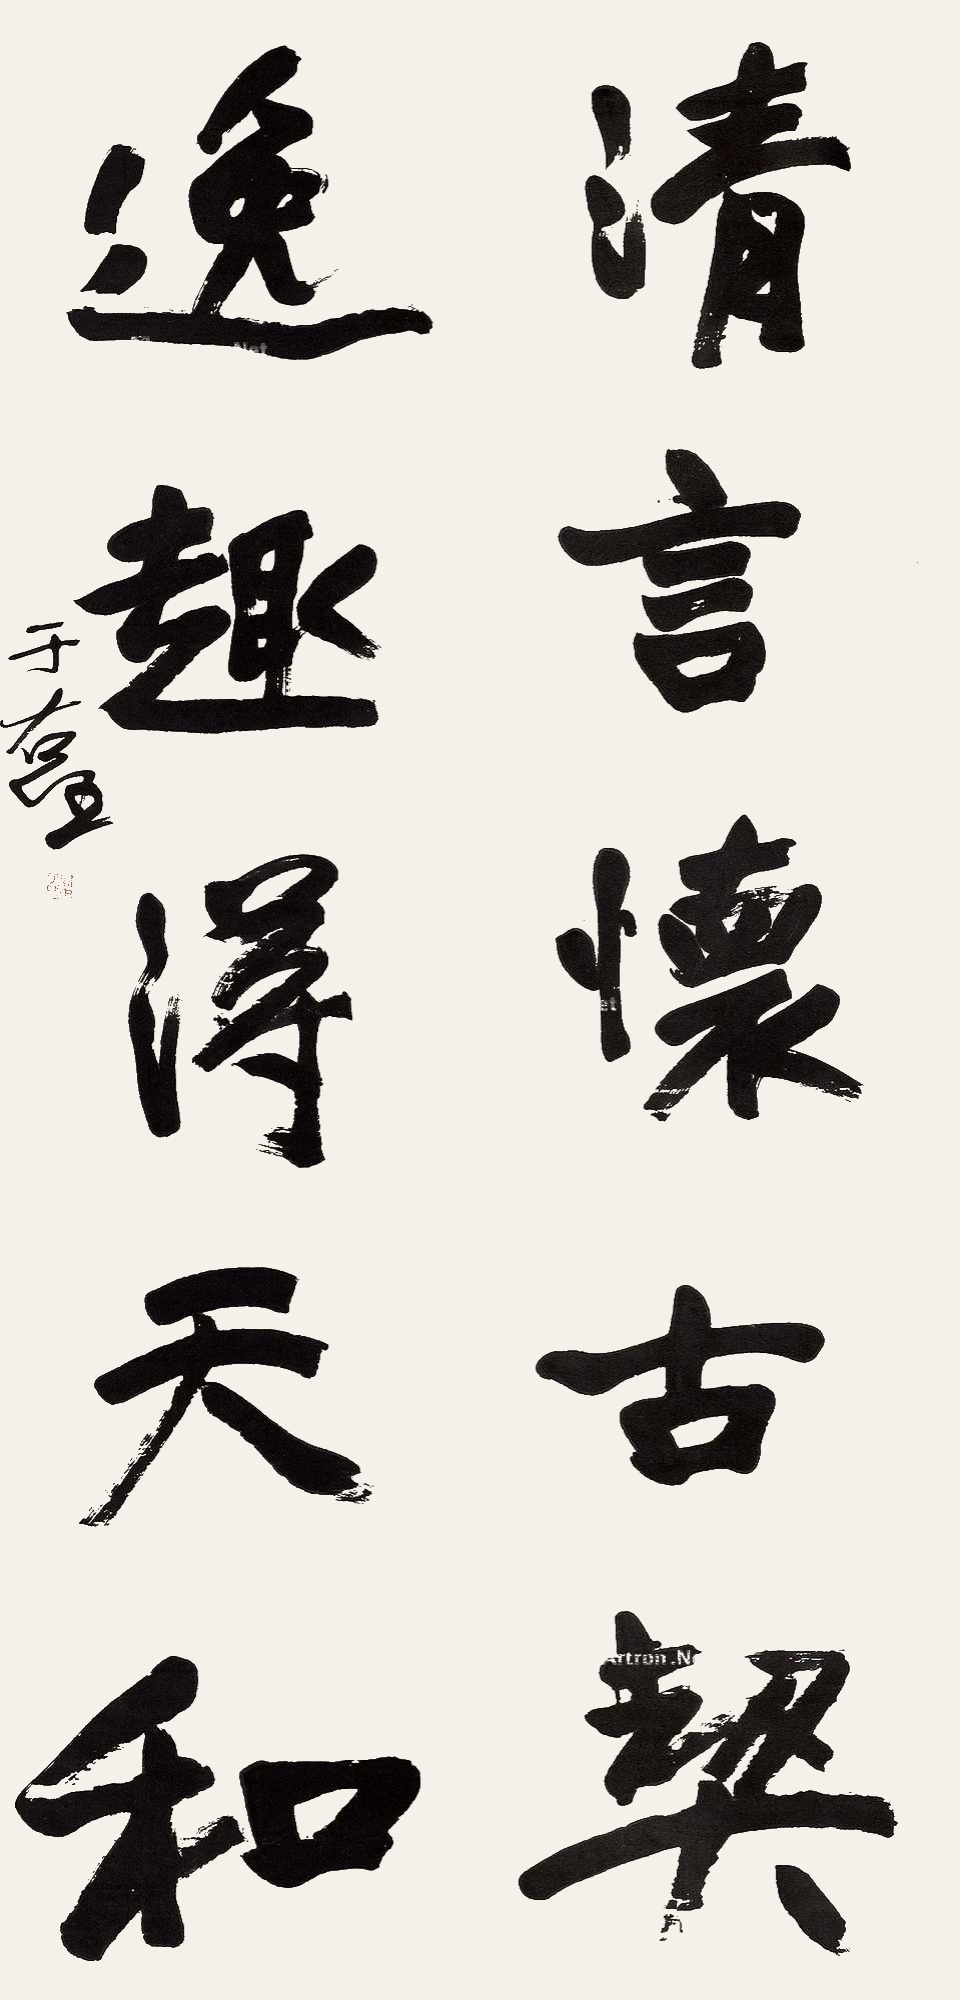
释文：清言怀古契，逸趣得天和。于右任。